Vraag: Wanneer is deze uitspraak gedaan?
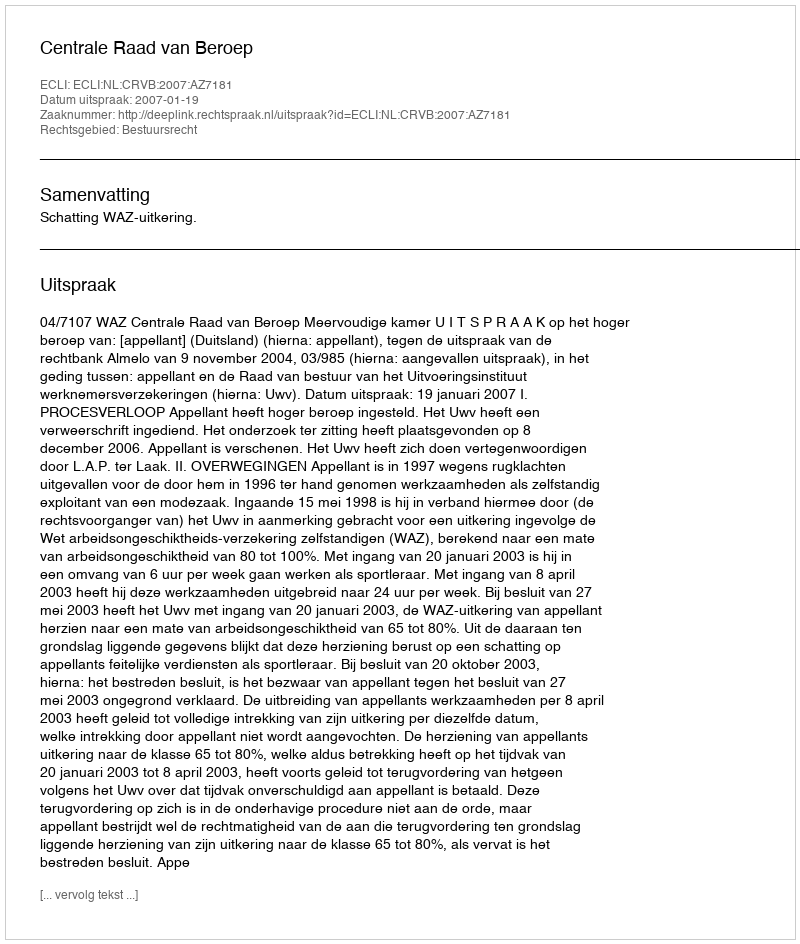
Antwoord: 2007-01-19